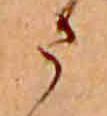
ま